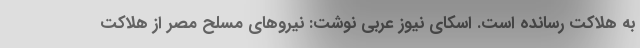
به هلاکت رسانده است. اسکای نیوز عربی نوشت: نیروهای مسلح مصر از هلاکت